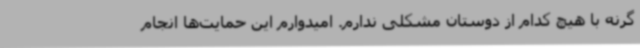
گرنه با هیچ کدام از دوستان مشکلی ندارم. امیدوارم این حمایت‌ها انجام